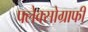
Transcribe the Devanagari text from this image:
फ्लेक्सोग्राफी